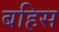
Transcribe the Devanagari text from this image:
बहिस